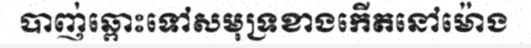
បាញ់ឆ្ពោះទៅសមុទ្រខាងកើតនៅម៉ោង